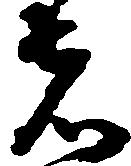
者